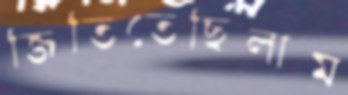
জিতিতেছিলাম